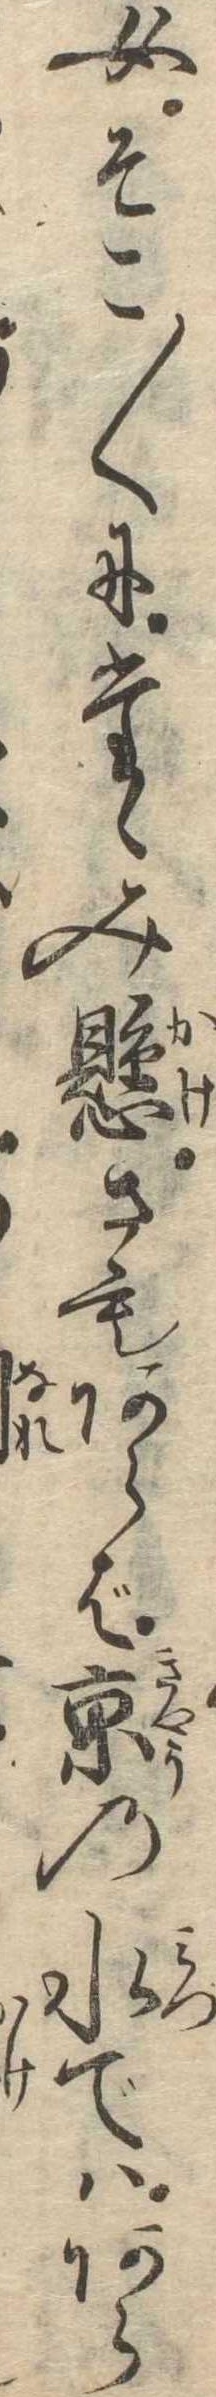
女そこ〱にたゝみ懸さもあらば京の水ではあら